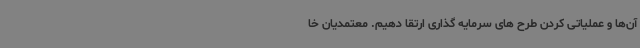
آن‌ها و عملیاتی کردن طرح های سرمایه گذاری ارتقا دهیم. معتمدیان خا